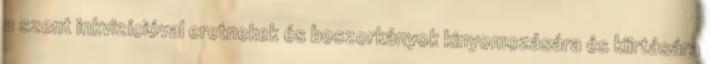
a szent inkvizícióval eretnekek és boszorkányok kinyomozására és kiirtására